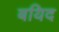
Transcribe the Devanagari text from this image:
बयिद